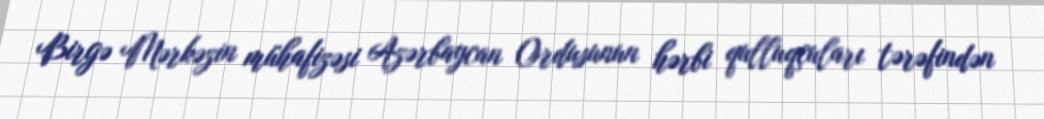
Birgə Mərkəzin mühafizəsi Azərbaycan Ordusunun hərbi qulluqçuları tərəfindən